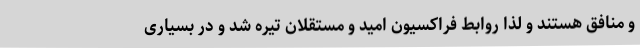
و منافق هستند و لذا روابط فراکسیون امید و مستقلان تیره شد و در بسیاری